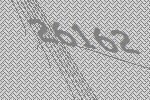
26162